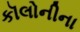
કૉલોનીના